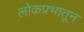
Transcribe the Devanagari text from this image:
लोकप्रभातून